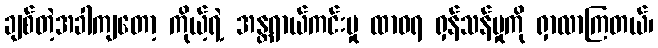
ချစ်တဲ့အခါကျတော့ ကိုယ့်ရဲ့ အန္တရာယ်ကင်းမှု ထာဝရ ရှန်သန်မှုကို ရှာလာကြတယ်၊